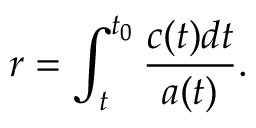
r = \int _ { t } ^ { t _ { 0 } } { \frac { c ( { t } ) d { t } } { a ( { t } ) } . }